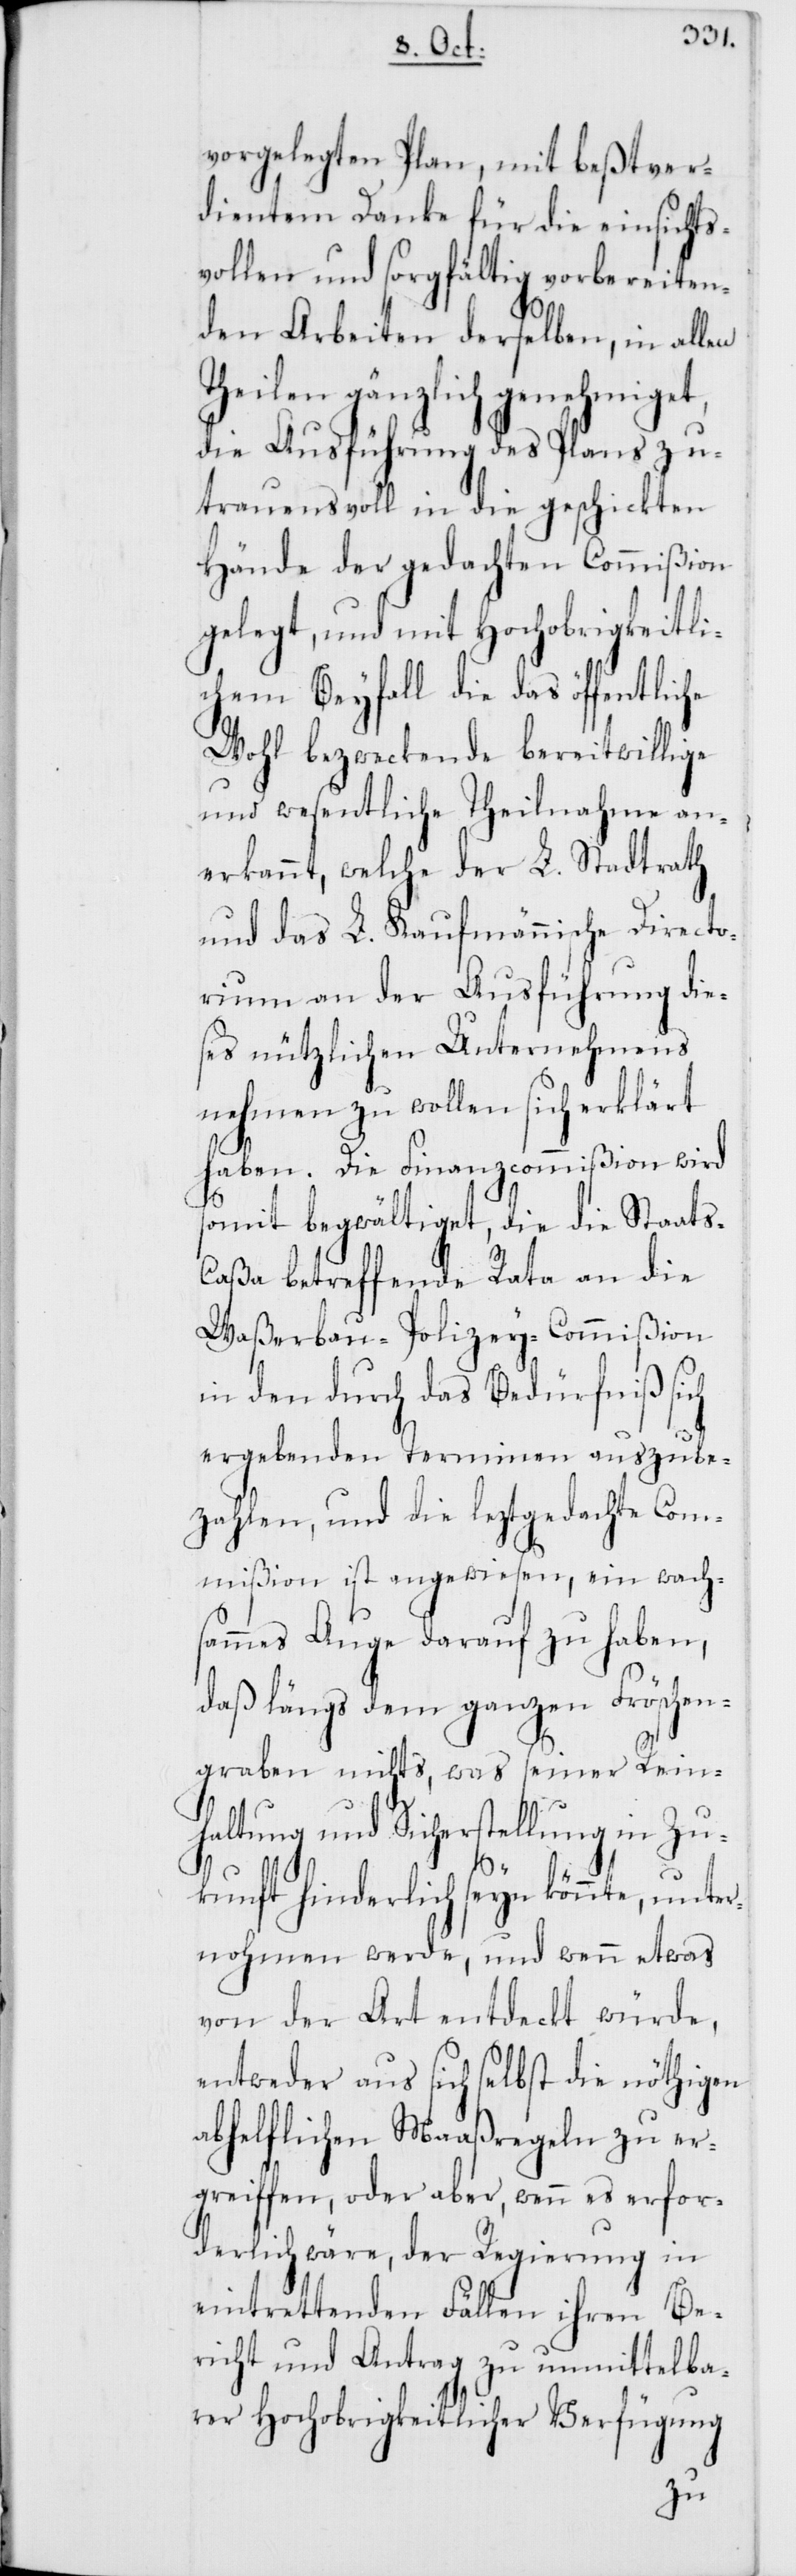
vorgelegten Plan, mit beßtver¬
dientem Danke für die einsichts¬
vollen und sorgfältig vorbereiten¬
den Arbeiten derselben, in allen
Theilen gänzlich genehmiget,
die Ausführung des Plans zu¬
trauensvoll in die geschickten
Hände der gedachten Commißion
gelegt, und mit Hochobrigkeitli¬
chem Beyfall die das öffentliche
Wohl bezweckende bereitwillige
und wesentliche Theilnahme an¬
erkannt, welche der L. Stadtrath
und das L. Kaufmännische Directo¬
rium an der Ausführung die¬
ses nützlichen Unternehmens
nehmen zu wollen sich erklärt
haben. Die Finanzcommißion wird
somit begwältiget, die die Staat¬
s-Caßa betreffende Rata an die
Waßerbau-Polizey-Commißion
in den durch das Bedürfniß sich
ergebenden Terminen auszube¬
zahlen, und die leztgedachte Com¬
mißion ist angewiesen, ein wach¬
sammes Auge darauf zu haben,
daß längs dem ganzen Fröschen¬
graben nichts, was seiner Rein¬
haltung und Sicherstellung in Zu¬
kunft hinderlich seyn könnte, unter¬
nohmen werde, und wenn etwas
von der Art entdeckt würde,
entweder aus sich selbst die nöthigen
abhelflichen Maaßregeln zu er¬
greiffen, oder aber, wenn es erfor¬
derlich wäre, der Regierung in
eintrettenden Fällen ihren Be¬
richt und Antrag zu unmittelba¬
rer Hochobrigkeitlicher Verfügung